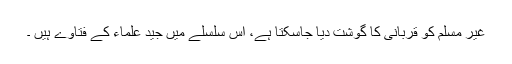
غیر مسلم کو قربانی کا گوشت دیا جاسکتا ہے، اس سلسلے میں جید علماء کے فتاوے ہیں ۔